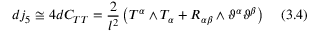
d j _ { 5 } \cong 4 d C _ { T T } = \frac { 2 } { l ^ { 2 } } \left( T ^ { \alpha } \wedge T _ { \alpha } + R _ { \alpha \beta } \wedge \vartheta ^ { \alpha } \vartheta ^ { \beta } \right) \; \; \; \; ( 3 . 4 )